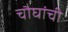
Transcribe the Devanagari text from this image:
चौघांची